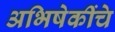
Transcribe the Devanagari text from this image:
अभिषेकींचे